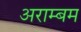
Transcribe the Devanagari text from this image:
अराम्बम